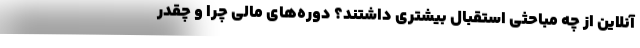
آنلاین از چه مباحثی استقبال بیشتری داشتند؟ دوره‌های مالی چرا و چقدر